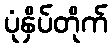
ပုံနှိပ်တိုက်